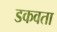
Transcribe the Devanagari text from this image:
डकवता